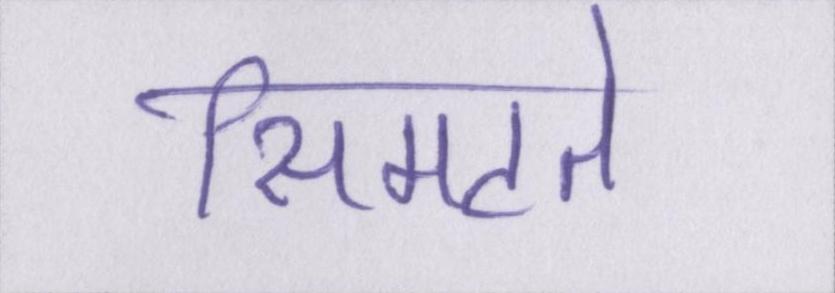
सिमटते